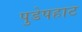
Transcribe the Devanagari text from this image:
पुडेपहाट